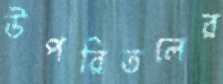
উপরিতলের